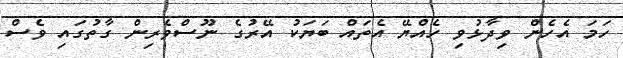
ހަމަ އެހެން ވިދާޅުވި ހެއްޔޭ އެތައް ބަޔަކު އޭރުގެ ނޫސްވެރިން ގާތުގައި ވެސް